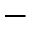
-